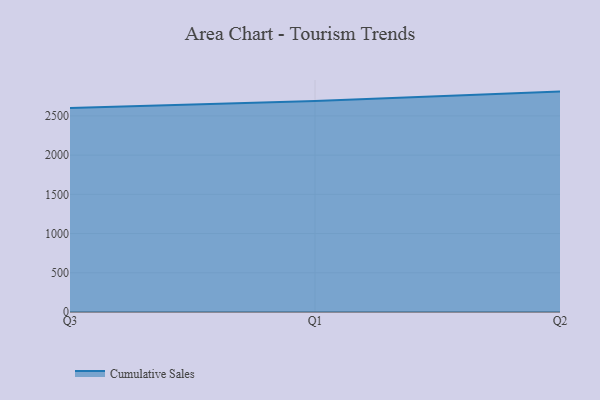
{"axis": {"x": "Quarter", "y": "Latency (ms)"}, "legend": ["Cumulative Sales"], "data": [{"x": "Q3", "y": 2599.6, "type": "Cumulative Sales"}, {"x": "Q1", "y": 2691.0, "type": "Cumulative Sales"}, {"x": "Q2", "y": 2810.0, "type": "Cumulative Sales"}]}